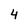
Character: 4